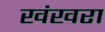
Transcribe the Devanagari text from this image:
खंखरा